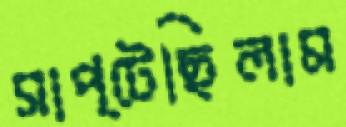
সাপ্‌টেছিলাম